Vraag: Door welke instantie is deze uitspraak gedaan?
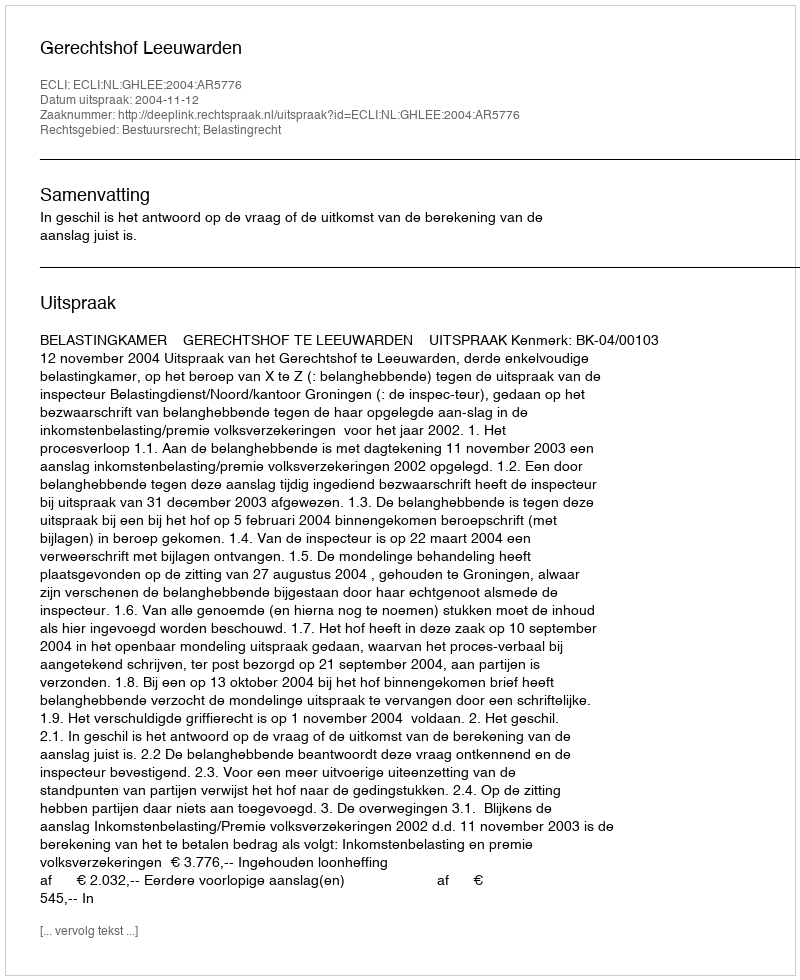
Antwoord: Gerechtshof Leeuwarden